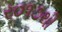
ર૦૧૭થી